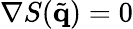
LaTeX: \nabla S(\tilde{\mathbf{q}})=0